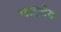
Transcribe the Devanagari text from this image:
पाहतेय